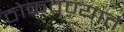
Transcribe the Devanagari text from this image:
ठोकवण्यात